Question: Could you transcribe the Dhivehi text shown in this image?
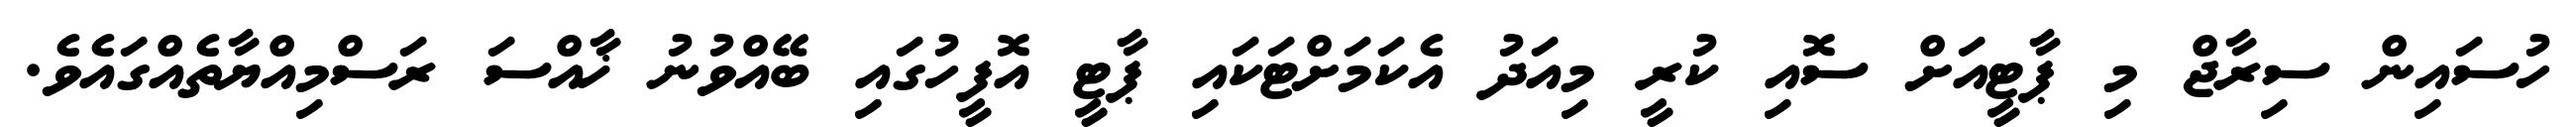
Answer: ހުސައިން ސިރާޖް މި ޕާޓީއަށް ސޮއި ކުރީ މިއަދު އެކަމަށްޓަކައި ޕާޓީ އޮފީހުގައި ބޭއްވުނު ޚާއްސަ ރަސްމިއްޔާތެއްގައެވެ.